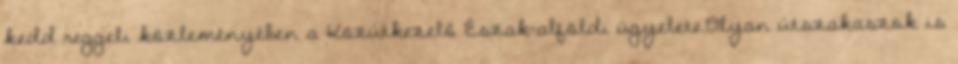
kedd reggeli közleményében a Közútkezelő Észak-alföldi ügyelete.Olyan útszakaszok is